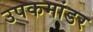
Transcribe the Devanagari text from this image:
उपकमांडर